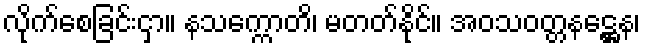
လိုက်စေခြင်းငှာ။ နသက္ကောတိ၊ မတတ်နိုင်။ အဝသဝတ္တနဋ္ဌေန၊